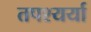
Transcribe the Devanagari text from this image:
तपश्यर्या